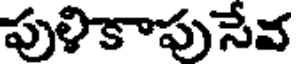
పుళికాపుసేవ